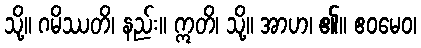
သို့။ ဂမိဿတိ၊ နည်း။ ဣတိ၊ သို့။ အာဟ၊ ၏။ ဧဝမေဝ၊